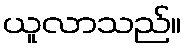
ယူလာသည်။